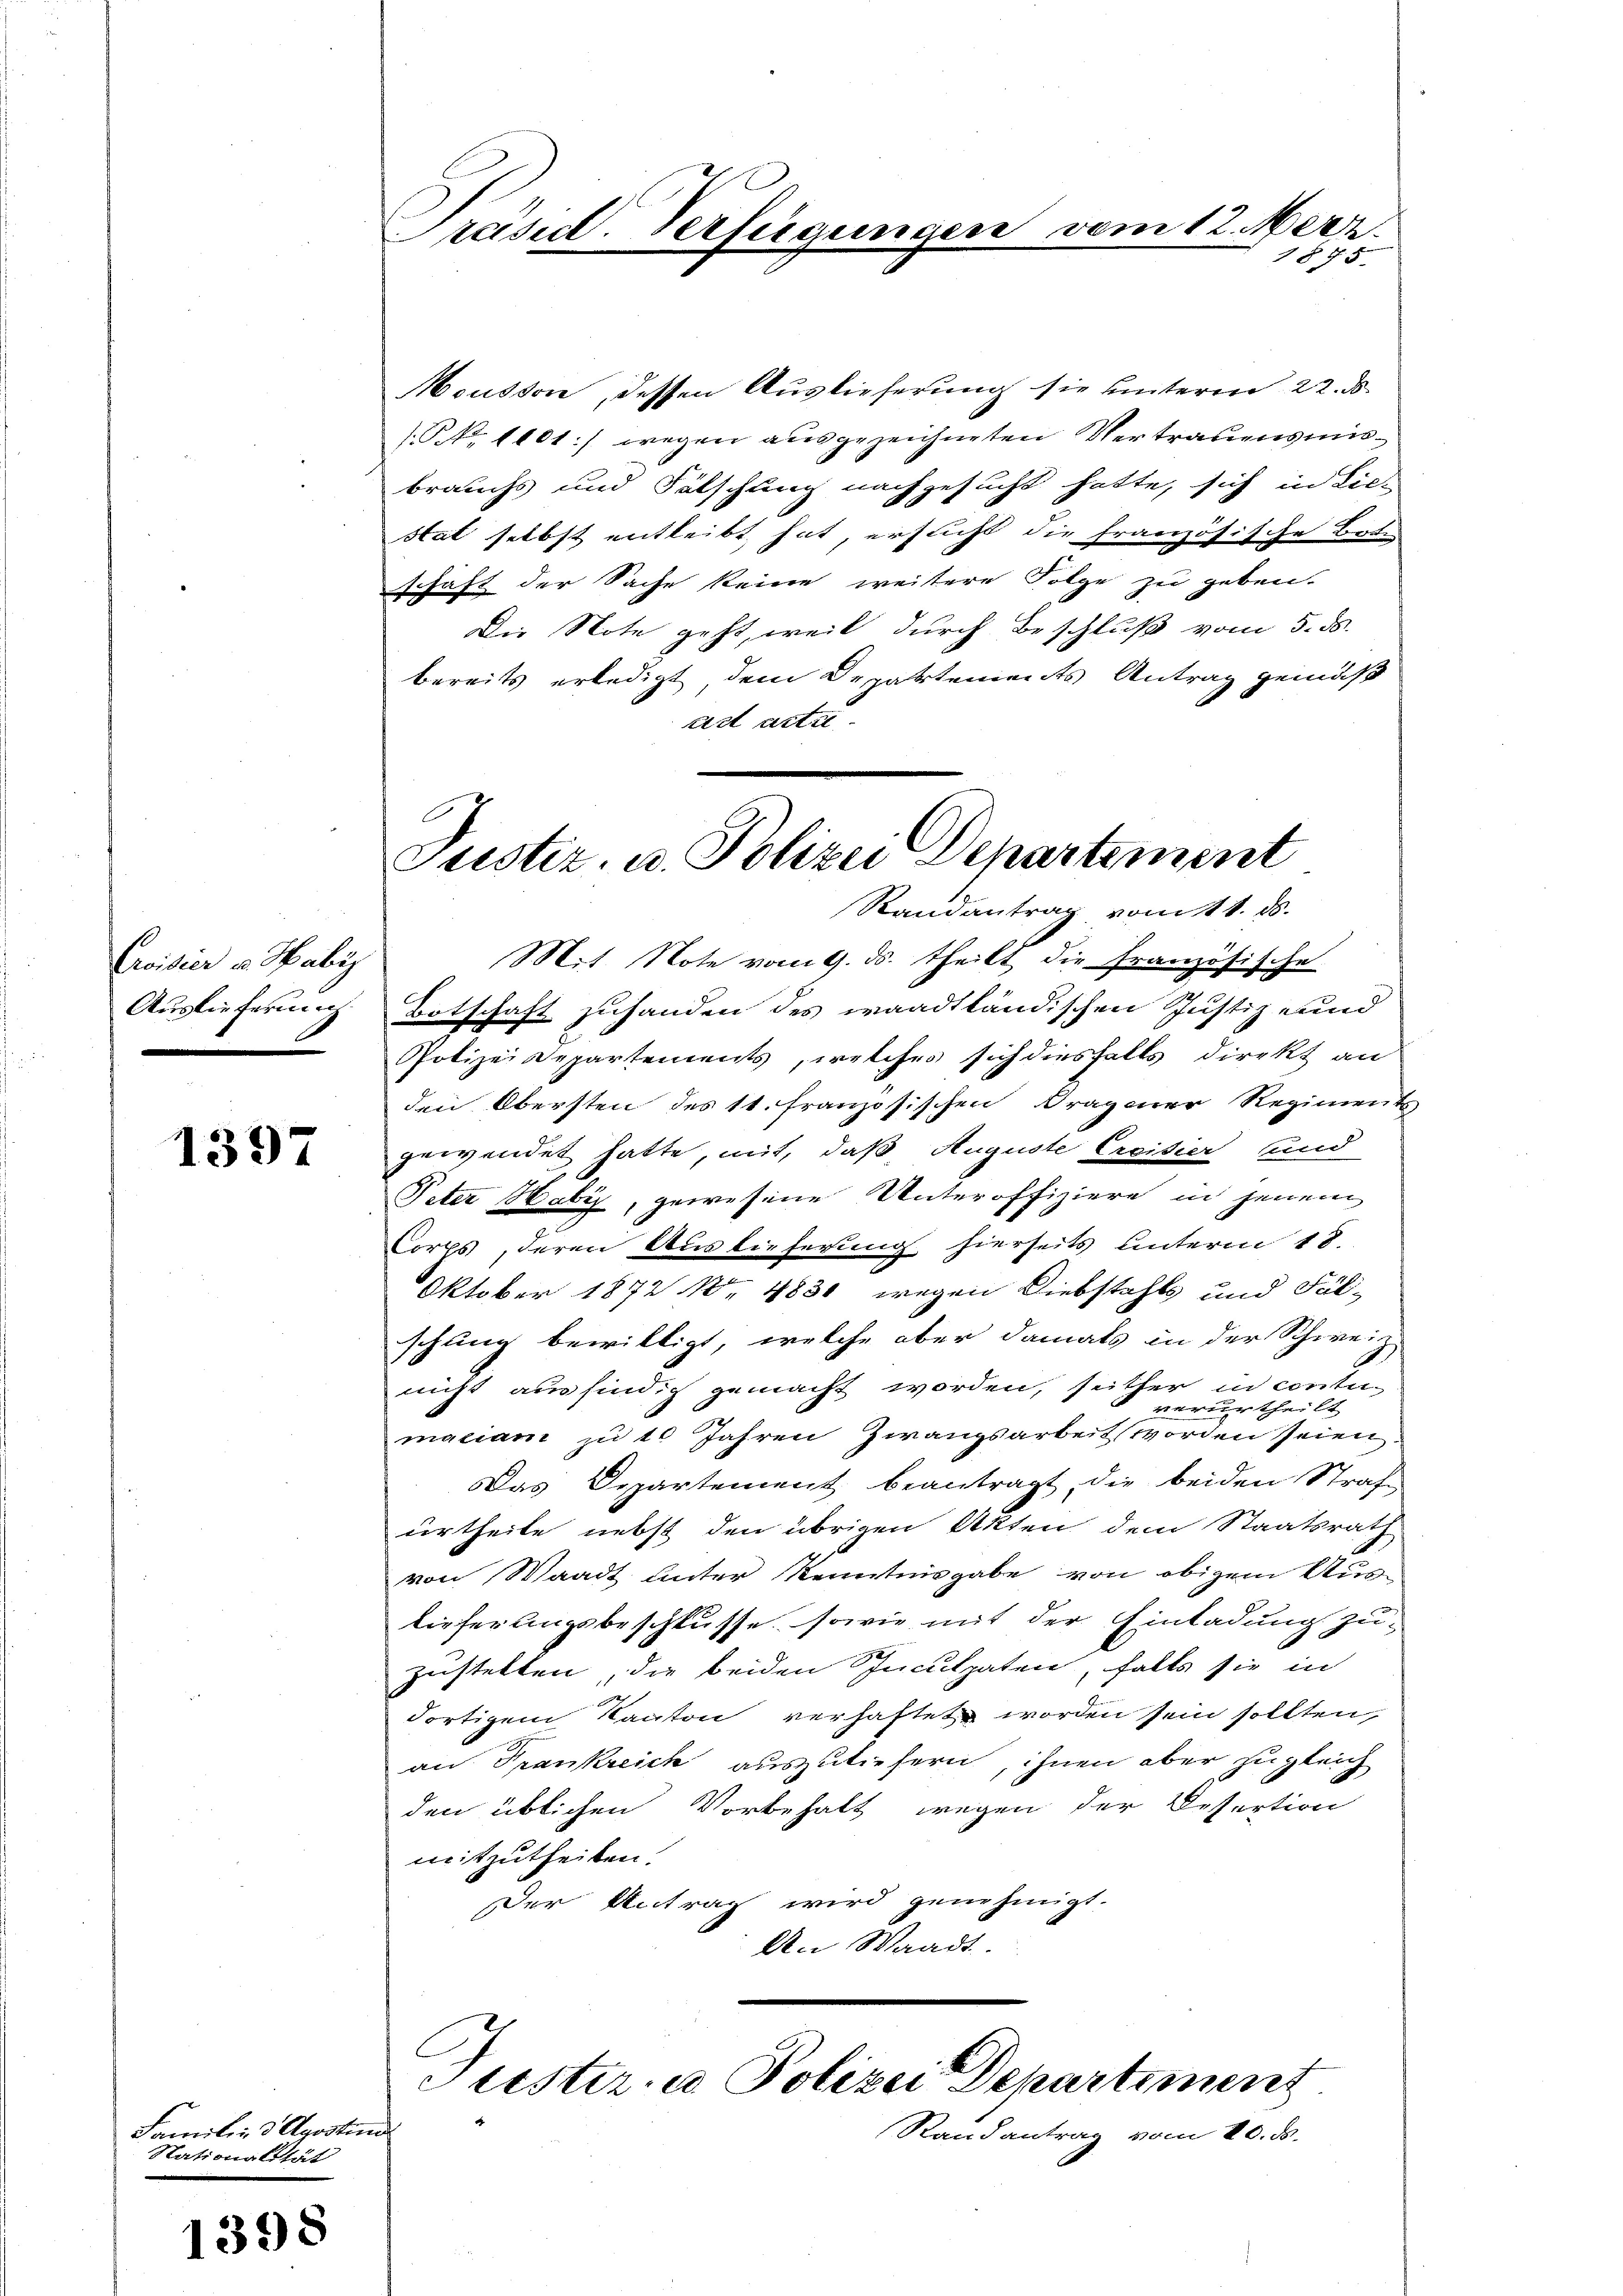
Creister v. Habi
Auslieferung

1397

Familie 3 Aposten
Nationalität

1398

Präsid. Verfügungen vom 12. Merz.
1875.

Mousson, dessen Auslieferung sie hinterm 22. d.
No 1101.) wegen ausgezeichneten Vertrauensmisbrauchs und Fälschung nachgesucht hatte, sich in Lie-
stat selbst entleibt hat, ersucht die französische Bote
schaft der Sache keine weitere Folge zu geben.
Die Note geht, weil durch Beschluß vom 5. ds.
bereits erledigt, dem Departements Antrag gemäß
ad acti

Justiz- u. Polizei Departement
Randantrag vom 11. ds.

Mit Note vom 9. ds. theilt die französische
Botschaft zuhanden des waadtländischen Justiz- und
Polizeidepartements, welches sich diesfalls direkt an
den Obersten des 11. Französischen Dragoner Regiment
gewendet hatte, mit, daß Auguste Ercitier und
Peter Habi, gewesene Unteroffiziere in jenem
Corps, deren Auslieferung hierseits unterm 18.
Oktober 1872 No 4830 wegen Diebstahls und Fäl-
schung bewilligt, welche aber damals in der Schweiz.
nicht ausfindig gemacht worden, seither in contiverurtheilt
macian zu 10 Jahren Zwangsarbeit worden seien
Das Departement beantragt, die beiden Straf-
urtheile nebst den übrigen Akten dem Staatsrath
von Waadt unter Kenntnisgabe von obigem Auslieferungsbeschlüsse, sowie mit der Einladung zu-
zustellen, die beiden Inculpaten, falls sie in
dortigem Kanton verhaftet worden sein sollten,
an Frankreich auszuliefern, ihnen aber zugleich
den üblichen Vorbehalt wegen der Desertion
mitzutheilen.
Der Antrag wird genehmigt.
An Waadt
Puster u. Polizei Departement
Stand antrag vom 10. ds.